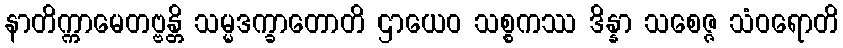
နာတိက္ကာမေတဗ္ဗန္တိ သမ္မဒက္ခာတောတိ ဌာယေဝ သစ္စကဿ ဒိန္နာ သစေဇ္ဇ သံဝရောတိ